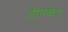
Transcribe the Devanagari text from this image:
तीथक्षेत्र